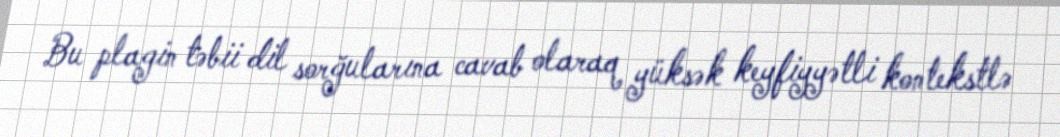
Bu plagin təbii dil sorğularına cavab olaraq yüksək keyfiyyətli kontekstlə